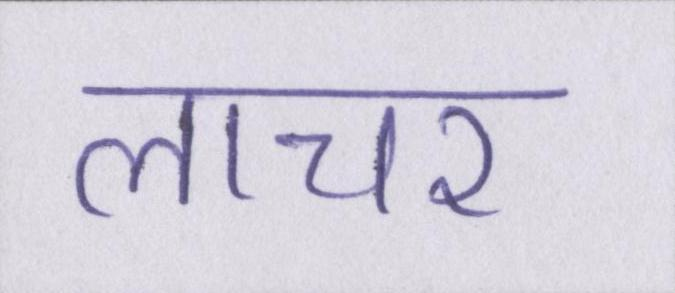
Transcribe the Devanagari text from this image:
लाचर